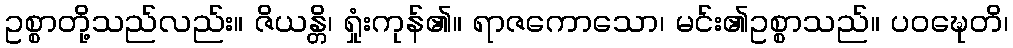
ဥစ္စာတို့သည်လည်း။ ဇိယန္တိ၊ ရှုံးကုန်၏။ ရာဇကောသော၊ မင်း၏ဥစ္စာသည်။ ပဝဍ္ဎေတိ၊